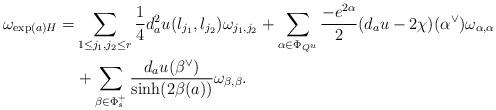
LaTeX: \begin{align*} \omega_{\exp(a)H} = & \sum_{1\leq j_1,j_2\leq r} \frac{1}{4}d^2_au(l_{j_1},l_{j_2}) \omega_{j_1,j_2} + \sum_{\alpha\in \Phi_{Q^u}} \frac{-e^{2\alpha}}{2}(d_au-2\chi)(\alpha^{\vee})\omega_{\alpha,\alpha} \\& + \sum_{\beta \in \Phi_s^+} \frac{d_au(\beta^{\vee})}{\sinh(2\beta(a))} \omega_{\beta,\beta}.\end{align*}